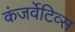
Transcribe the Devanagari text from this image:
कंजर्वेटिव्स